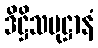
ဒိဋ္ဌိသမုဋ္ဌာနံ